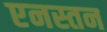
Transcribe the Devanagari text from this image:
एनस्तन